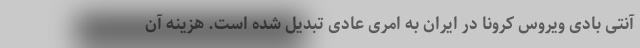
آنتی بادی ویروس کرونا در ایران به امری عادی تبدیل شده است. هزینه آن